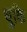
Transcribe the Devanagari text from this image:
धुकि